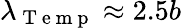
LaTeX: \lambda_{\mathrm{~T~e~m~p~}}\approx 2.5b